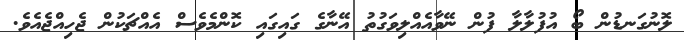
ލޮނުގަނޑުން ބޯ އުފުލާލާ ފުން ނޭވާއެއްލިވަގުތު އޭނާގެ ގައިގައި ކޮންމެވެސް އެއްޗަކުން ޖެހިއްޖެއެވެ.